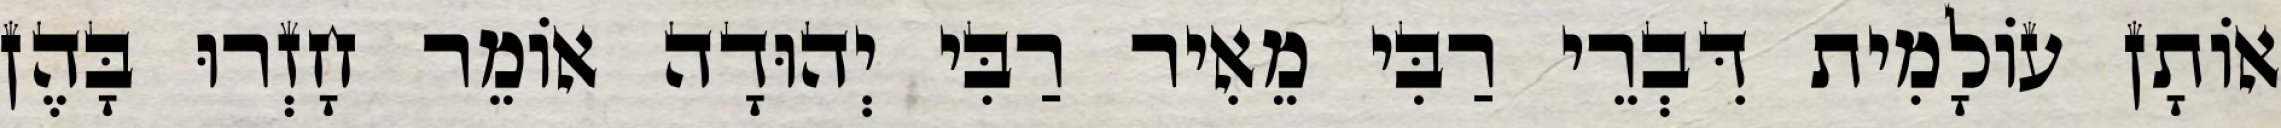
אוֹתָן עוֹלָמִית דִּבְרֵי רַבִּי מֵאִיר רַבִּי יְהוּדָה אוֹמֵר חָזְרוּ בָּהֶן